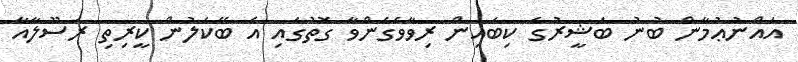
އައްނުޢުމާން ބުނު ބަޝީރުގެ ކިބައިން ރިވާވެގެންވާ ގޮތުގައި އެ ބޭކަލުން ކީރިތި ރަސޫލާއާ